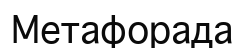
Метафорада